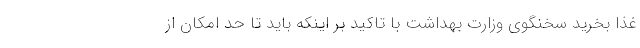
غذا بخرید سخنگوی وزارت بهداشت با تاکید بر اینکه باید تا حد امکان از